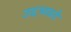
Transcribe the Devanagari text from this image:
उद्दभवते